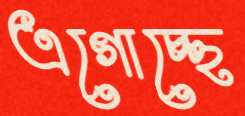
এগোচ্ছে